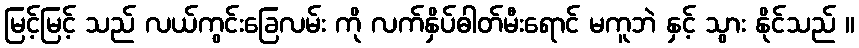
မြင့်မြင့် သည် လယ်ကွင်းခြေလမ်း ကို လက်နှိပ်ဓါတ်မီးရောင် မကူဘဲ နှင့် သွား နိုင်သည် ။